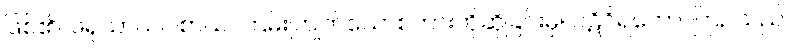
ဖြစ်၏။ ဖရုသာယဝါစာယ၊ ကြမ်းကြုတ်သောစကားကိုဆိုခြင်းမှ။ ပဋိဝိရတော၊ ကြဉ်သည်။